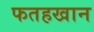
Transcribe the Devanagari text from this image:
फतहखान